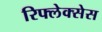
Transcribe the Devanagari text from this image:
रिफ्लेक्सेस